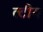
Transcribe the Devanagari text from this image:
त्टीय